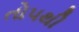
તોપથી